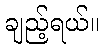
ချည့်ရယ်။